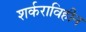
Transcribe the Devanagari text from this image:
शर्कराविहीन